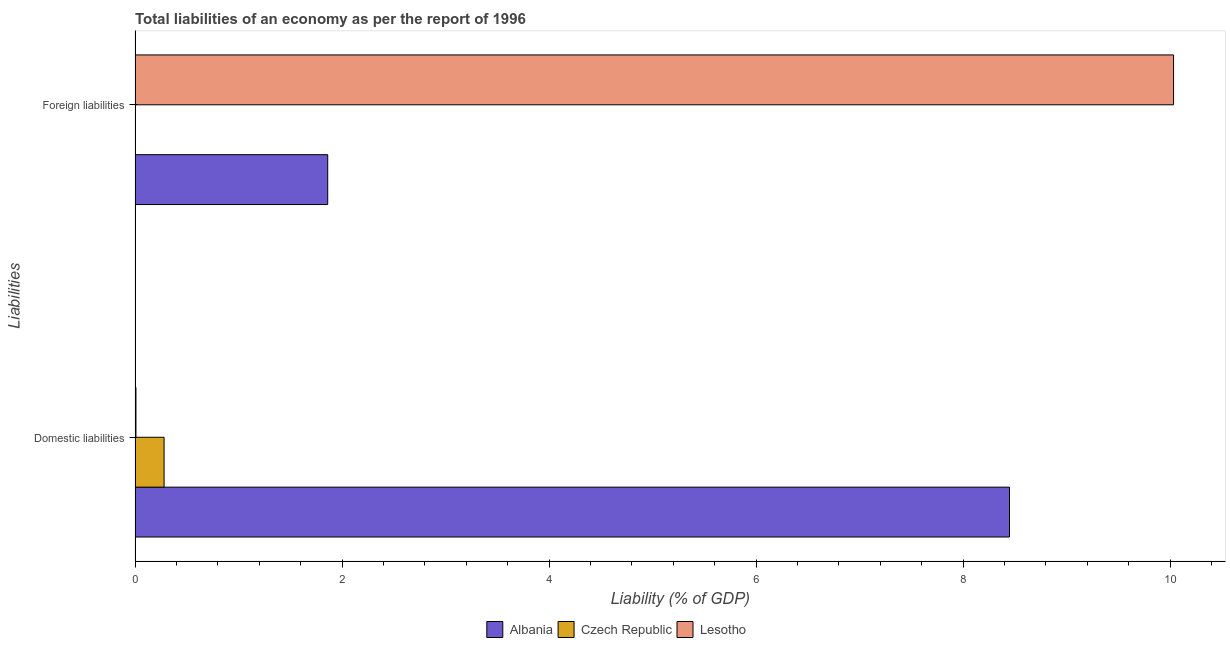
| Liabilities | Albania | Czech Republic | Lesotho |
 | --- | --- | --- | --- |
 | Domestic liabilities | 8.45 | 0.281 | 0.00855 |
 | Foreign liabilities | 1.86 | -0.675 | 10 |